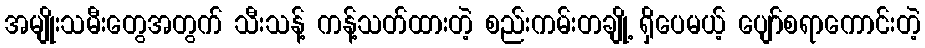
အမျိုးသမီးတွေအတွက် သီးသန့် ကန့်သတ်ထားတဲ့ စည်းကမ်းတချို့ ရှိပေမယ့် ပျော်စရာကောင်းတဲ့